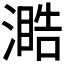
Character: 𣽋